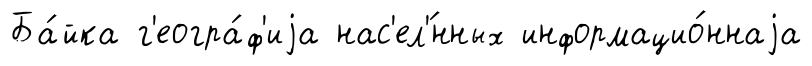
Ба́йка г'еогра́ф'иjа нас'ел'́нных информацио́ннаjа